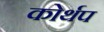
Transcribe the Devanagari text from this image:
कोर्थप